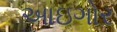
આઇગોર